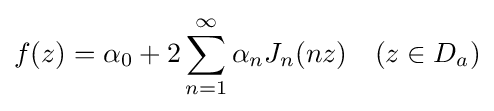
f(z)=\alpha _{0}+2\sum _{n=1}^{\infty }\alpha _{n}J_{n}(nz)\quad (z\in D_{a})